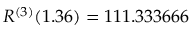
R ^ { ( 3 ) } ( 1 . 3 6 ) = 1 1 1 . 3 3 3 6 6 6